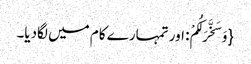
{وَ سَخَّرَ لَکُمْ: اور تمہارے کام میں لگادیا۔